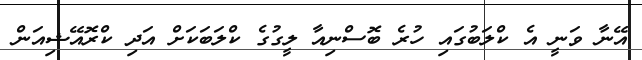
އޭނާ ވަނީ އެ ކްލަބުގައި ހުރެ ބޮސްނިއާ ލީގުގެ ކްލަބަކަށް އަދި ކްރޮއޭޝިއަން